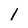
Character: 1